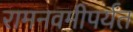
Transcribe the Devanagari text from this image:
रामनवमीपर्यंत